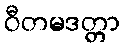
ဝီတမဒတ္တာ